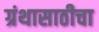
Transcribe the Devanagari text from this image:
ग्रंथासाठीचा